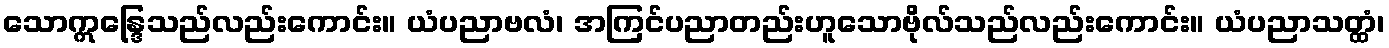
သောဣန္ဒြေသည်လည်းကောင်း။ ယံပညာဗလံ၊ အကြင်ပညာတည်းဟူသောဗိုလ်သည်လည်းကောင်း။ ယံပညာသတ္ထံ၊